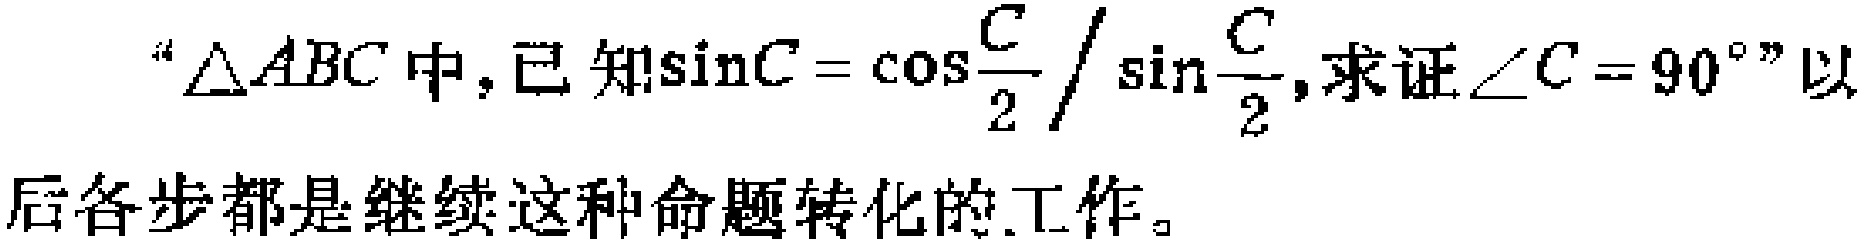
“$\triangle ABC$中, 已知$\sin C = \cos\frac{C}{2} / \sin\frac{C}{2}$, 求证$\angle C = 90^{\circ}$”以后各步都是继续这种命题转化的工作。